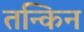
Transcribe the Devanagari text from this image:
तन्किन